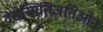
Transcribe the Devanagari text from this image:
देसेन्सितिज़तिओन